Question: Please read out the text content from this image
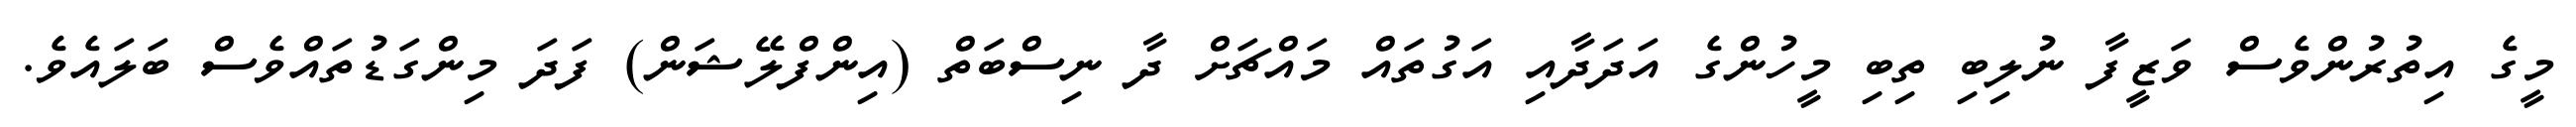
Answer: މީގެ އިތުރުންވެސް ވަޒީފާ ނުލިބި ތިބި މީހުންގެ އަދަދާއި އަގުތައް މައްޗަށް ދާ ނިސްބަތް (އިންފްލޭޝަން) ފަދަ މިންގަޑުތައްވެސް ބަލައެވެ.